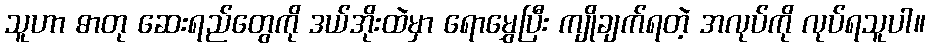
သူဟာ ဓာတု ဆေးရည်တွေကို ဒယ်အိုးထဲမှာ ရောမွှေပြီး ကျိုချက်ရတဲ့ အလုပ်ကို လုပ်ရသူပါ။